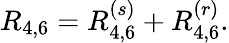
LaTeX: R_{4,6}=R_{4,6}^{(s)}+R_{4,6}^{(r)}.